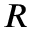
R